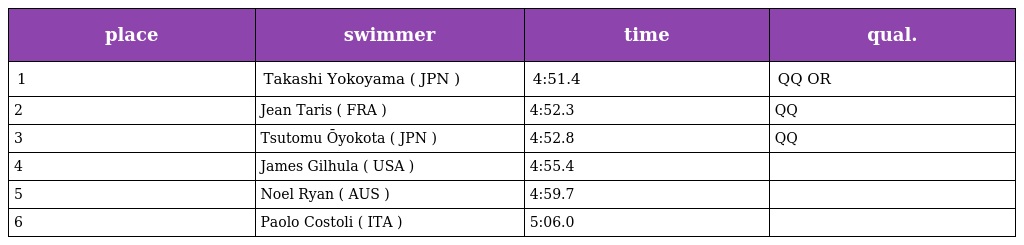
| place | swimmer | time | qual. |
 | --- | --- | --- | --- |
 | 1 | Takashi Yokoyama ( JPN ) | 4:51.4 | QQ OR |
 | 2 | Jean Taris ( FRA ) | 4:52.3 | QQ |
 | 3 | Tsutomu Ōyokota ( JPN ) | 4:52.8 | QQ |
 | 4 | James Gilhula ( USA ) | 4:55.4 |  |
 | 5 | Noel Ryan ( AUS ) | 4:59.7 |  |
 | 6 | Paolo Costoli ( ITA ) | 5:06.0 |  |